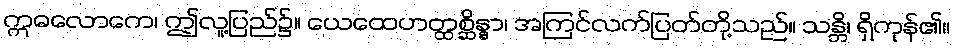
ဣဓလောကေ၊ ဤလူ့ပြည်၌။ ယေထေဟတ္ထစ္ဆိန္နာ၊ အကြင်လက်ပြတ်တို့သည်။ သန္တိ၊ ရှိကုန်၏။